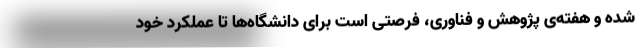
شده و هفته‌ی پژوهش و فناوری، فرصتی است برای دانشگاه‌ها تا عملکرد خود